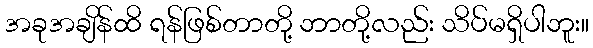
အခုအချိန်ထိ ရန်ဖြစ်တာတို့ ဘာတို့လည်း သိပ်မရှိပါဘူး။